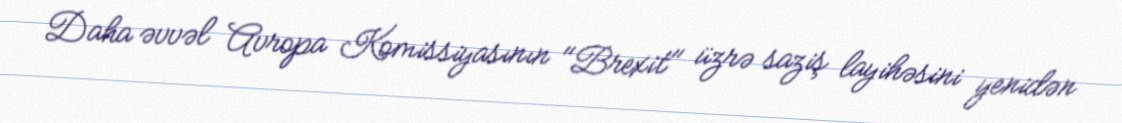
Daha əvvəl Avropa Komissiyasının "Brexit" üzrə saziş layihəsini yenidən